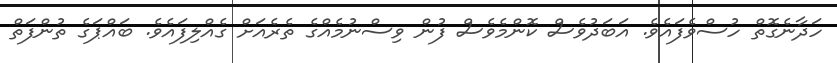
ހަދާނެގޮތް ހުސްވެފައެވެ. އަބަދުވެސް ކޮންމެވެސް ފުން ވިސްނުމެއްގެ ތެރެއަށް ގެއްލިފައެވެ. ބައްޕަގެ ތުންފަތް